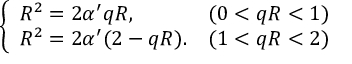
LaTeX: \left\{ \begin{array} { l l } { { R ^ { 2 } = 2 \alpha ^ { \prime } q R , } } & { { ( 0 < q R < 1 ) } } \\ { { R ^ { 2 } = 2 \alpha ^ { \prime } ( 2 - q R ) . } } & { { ( 1 < q R < 2 ) } } \end{array} \right.